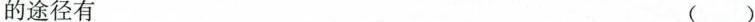
的途径有 ()